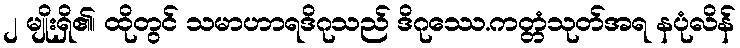
၂ မျိုးရှိ၏၊ ထိုတွင် သမာဟာရဒိဂုသည် ဒိဂုဿေ.ကတ္တံသုတ်အရ နပုံလိန်